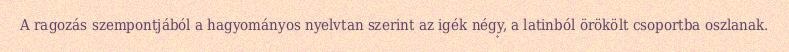
A ragozás szempontjából a hagyományos nyelvtan szerint az igék négy, a latinból örökölt csoportba oszlanak.